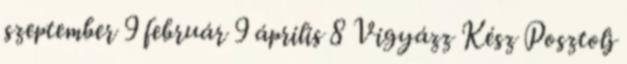
szeptember 9 február 9 április 8 Vigyázz Kész Posztolj